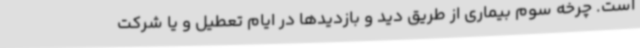
است. چرخه سوم بیماری از طریق دید و بازدیدها در ایام تعطیل و یا شرکت